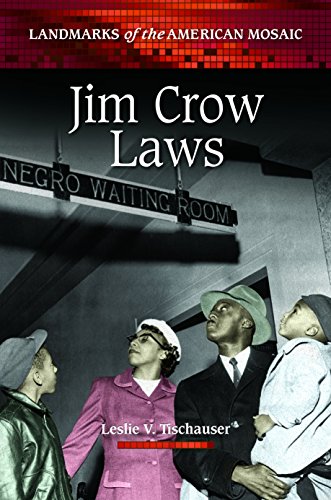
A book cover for Jim Crow Laws (Landmarks of the American Mosaic); Leslie V. Tischauser; Law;